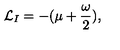
{ \cal L } _ { I } = - ( \mu + \frac { \omega } { 2 } ) ,